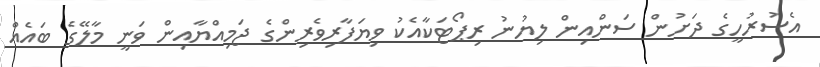
އެސުރުހީގެ ދަށުން ސަންއިން ލިޔުނު ރިޕޯޓަކާއެކު ވިޔަފާރިވެރިންގެ ޖަމިއްޔާއިން ވަނީ މާލޭގެ ބައެއް